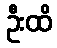
ဦးထိ